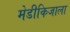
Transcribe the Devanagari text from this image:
मेडीकिजाला